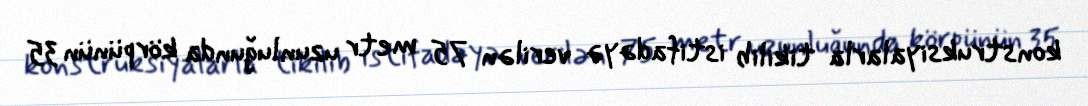
konstruksiyalarla tikilib istifadəyə verilən 75 metr uzunluğunda körpünün 35